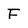
Character: F